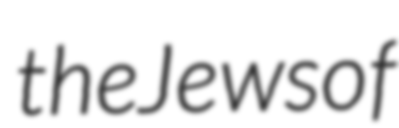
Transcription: the Jews of